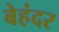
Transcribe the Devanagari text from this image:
बेहंदर